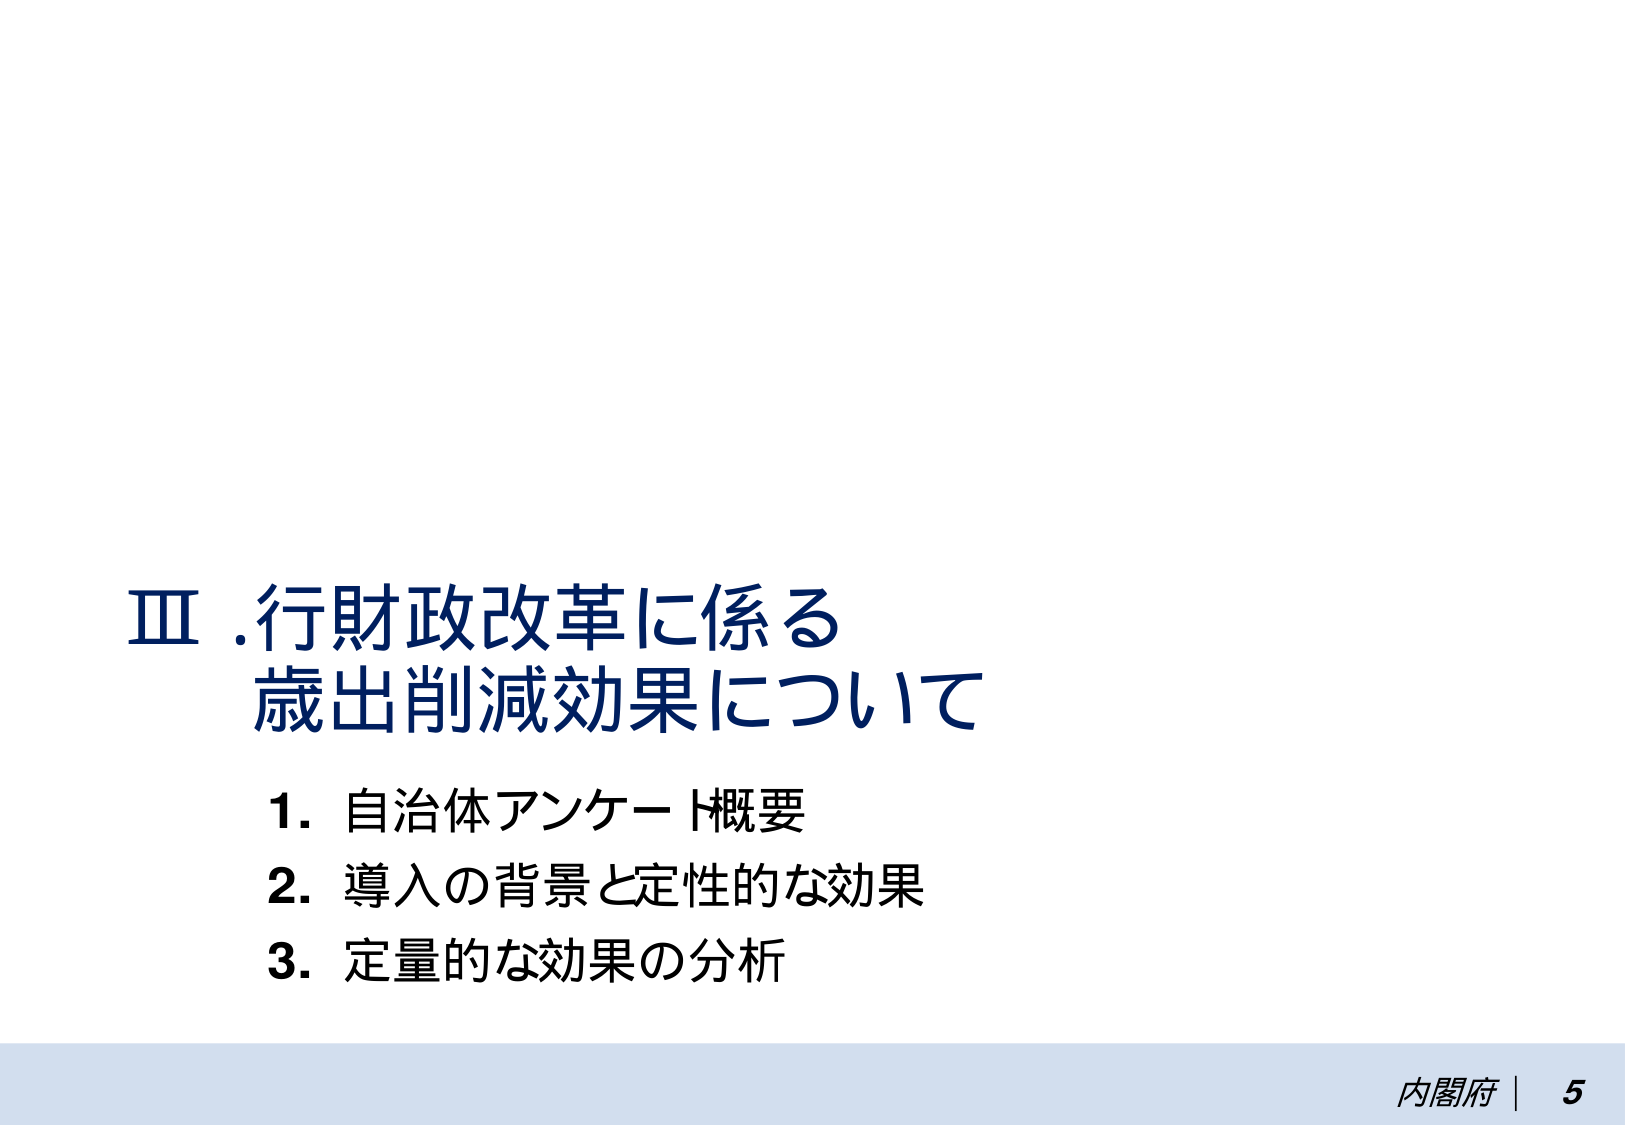
Ⅲ．行財政改革に係る
歳出削減効果について

1．自治体アンケート概要
2．導入の背景と定性的な効果
3．定量的な効果の分析

内閣府 | 5